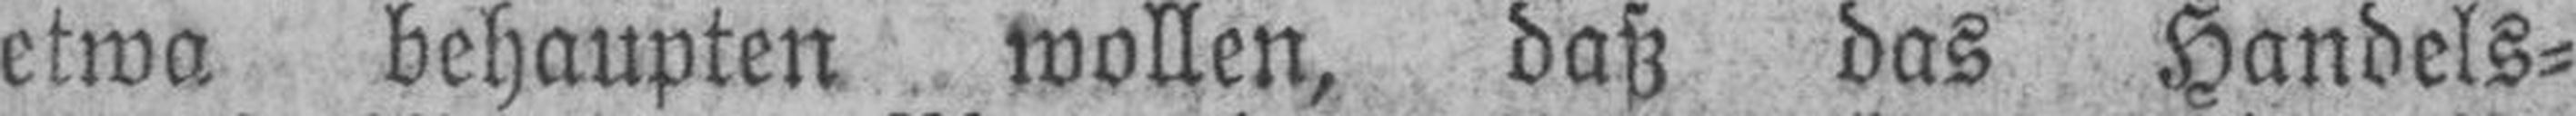
etwa behaupten wollen, daß das Handels¬